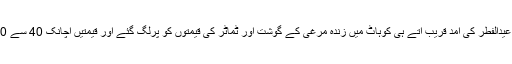
23 مئی2020ء) عیدالفطر کی آمد قریب آتے ہی کوہاٹ میں زندہ مرغی کے گوشت اور ٹماٹر کی قیمتوں کو پرلگ گئے اور قیمتیں اچانک 40 سے 70 فیصد بڑھ گئیں ۔